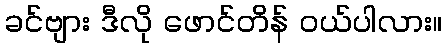
ခင်ဗျား ဒီလို ဖောင်တိန် ဝယ်ပါလား။